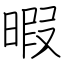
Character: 暇